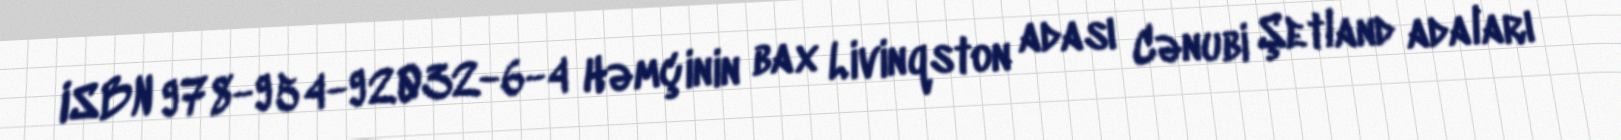
ISBN 978-954-92032-6-4 Həmçinin bax Livinqston adası Cənubi Şetland adaları